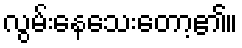
လွမ်းနေသေးတော့၏။